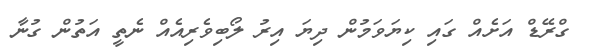
ގްރޭޑް އަށެއް ގައި ކިޔަވަމުން ދިޔަ އިރު ލޯބިވެރިއެއް ނެތީ އަތުން ގުނާ